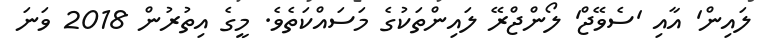
ލައިން' އާއި 'ސެވޭޖް' ލޯންޖްރޭ ލައިންތަކުގެ މަސައްކަތެވެ. މީގެ އިތުރުން 2018 ވަނަ